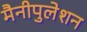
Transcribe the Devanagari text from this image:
मैनीपुलेशन